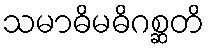
သမာဓိမဓိဂစ္ဆတိ